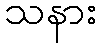
သနား